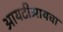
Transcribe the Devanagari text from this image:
आयटीआयचा